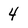
Character: 4